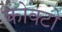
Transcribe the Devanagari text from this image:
कोक्टो